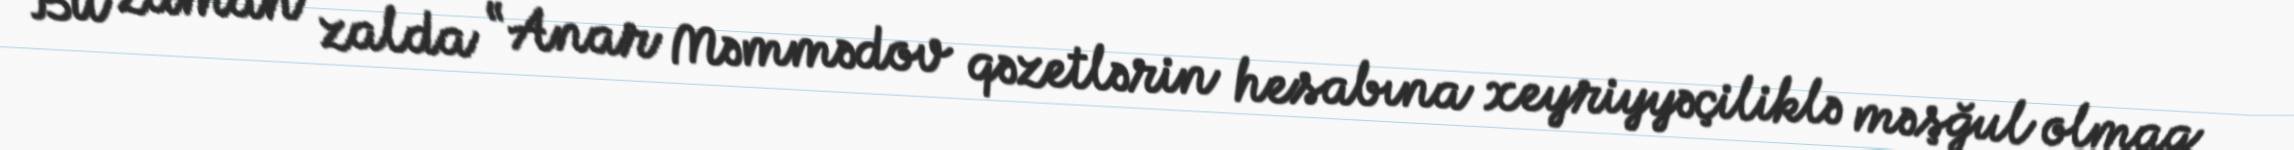
Bu zaman zalda “Anar Məmmədov qəzetlərin hesabına xeyriyyəçiliklə məşğul olmaq